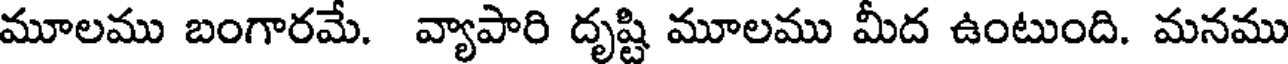
మూలము బంగారమే. వ్యాపారి దృష్టి మూలము మీద ఉంటుంది. మనము